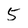
Character: 5